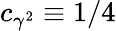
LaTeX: c_{\gamma^{2}}\equiv 1/4